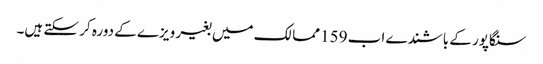
سنگاپور کے باشندے اب 159 ممالک میں بغیر ویزے کے دورہ کر سکتے ہیں۔